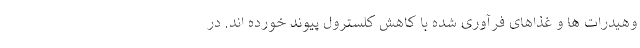
وهیدرات ها و غذاهای فرآوری شده با کاهش کلسترول پیوند خورده اند. در